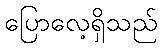
ပြောလေ့ရှိသည်